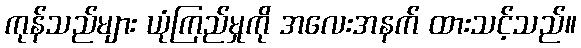
ကုန်သည်များ ယုံကြည်မှုကို အလေးအနက် ထားသင့်သည်။